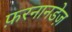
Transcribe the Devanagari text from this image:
फ़रनानडेज़